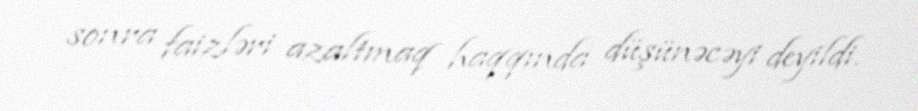
sonra faizləri azaltmaq haqqında düşünəcəyi deyildi.